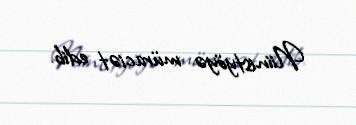
Niinistyöyə müraciət edib.